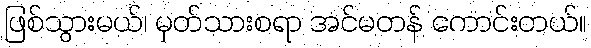
ဖြစ်သွားမယ်၊ မှတ်သားစရာ အင်မတန် ကောင်းတယ်။